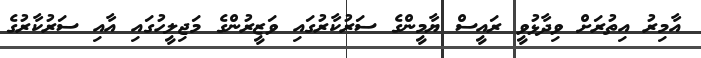
އާމިރު އިތުރަށް ވިދާޅުވީ ރައީސް ޔާމީންގެ ސަރުކާރުގައި ވަޒީރުންގެ މަޖިލީހުގައި އާއި ސަރުކާރުގެ